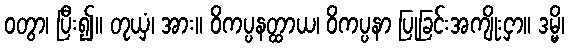
ဝတွာ၊ ပြီး၍။ တုယှံ၊ အား။ ဝိကပ္ပနတ္ထာယ၊ ဝိကပ္ပနာ ပြုခြင်းအကျိုးငှာ။ ဒမ္မိ၊